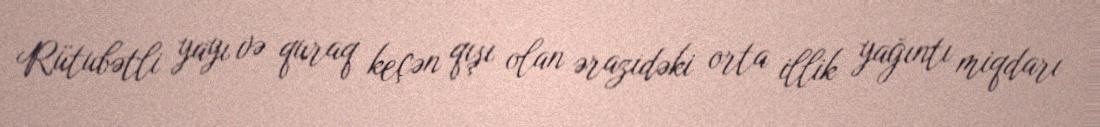
Rütubətli yayı və quraq keçən qışı olan ərazidəki orta illik yağıntı miqdarı